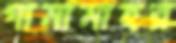
গামামাহর